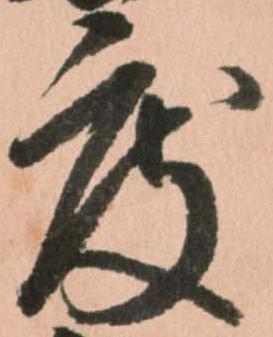
度